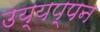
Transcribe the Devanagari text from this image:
उय्यप्पन